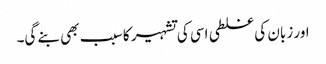
اور زبان کی غلطی اسی کی تشہیر کا سبب بھی بنے گی۔